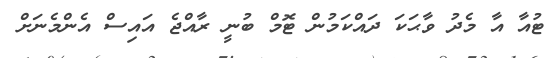
ޓުއާ އާ މެދު ވާޙަކަ ދައްކަމުން ޓޮމް ބުނީ ރާއްޖެ އައިސް އެންމެނަށް